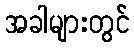
အခါများတွင်